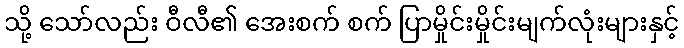
သို့ သော်လည်း ဝီလီ၏ အေးစက် စက် ပြာမှိုင်းမှိုင်းမျက်လုံးများနှင့်